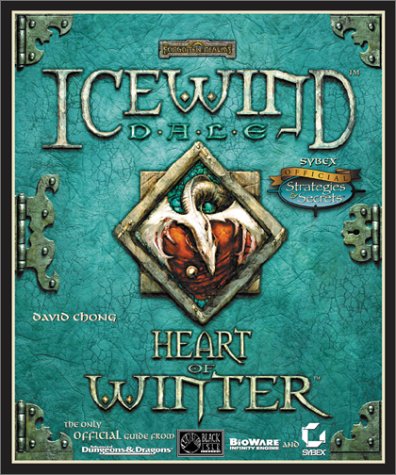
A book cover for Icewind Dale: Heart of Winter: Sybex Official Strategies and Secrets; David Chong; Children's Books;